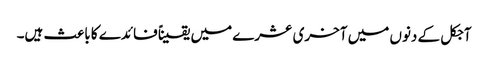
آجکل کے دنوں میں آخری عشرے میں یقیناً فائدے کا باعث ہیں۔